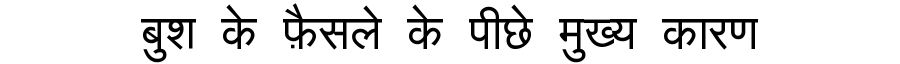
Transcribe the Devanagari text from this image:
बुश के फ़ैसले के पीछे मुख्य कारण